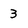
Character: 3